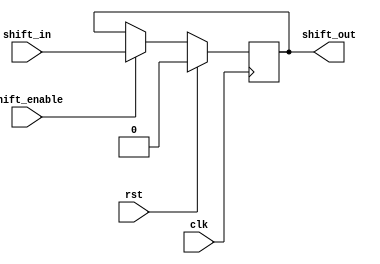
module shift_bit (
    input clk,
    input rst,

    input shift_enable,

    input shift_in,
    output shift_out
);
    reg config_bit;
    assign shift_out = config_bit;

    always @(posedge clk) begin
        if (rst == 1'b0) begin
            if (shift_enable == 1'b1) begin
                config_bit <= shift_in;
            end else begin
                config_bit <= config_bit;
            end
        end
        else config_bit <= 1'b0;
    end
endmodule

module shift_chain #(
    parameter LENGTH = 8
) (
    input clk,
    input rst,

    input shift_enable,
    
    input shift_in,
    output shift_out,

    output [LENGTH-1:0] config_data
);
    wire [LENGTH-1:0] intermediate;

    assign config_data = intermediate;

    genvar i;
    generate
        if (LENGTH == 0) assign shift_out = shift_in;
        if (LENGTH >= 1) begin
            shift_bit head_bit (
                .clk(clk),
                .rst(rst),
                .shift_enable(shift_enable),
                .shift_in(shift_in),
                .shift_out(intermediate[LENGTH - 1])
            );
            assign shift_out = intermediate[0];
        end
        if (LENGTH > 1) begin
            for (i = 1; i < LENGTH; i = i + 1) begin
                shift_bit shift_bit_i (
                    .clk(clk),
                    .rst(rst),
                    .shift_enable(shift_enable),
                    .shift_in(intermediate[i]),
                    .shift_out(intermediate[i - 1])
                );
            end
        end
    endgenerate
endmodule